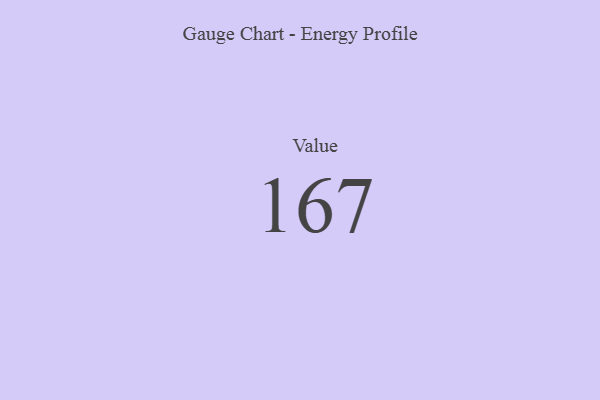
{"axis": {"x": "Metric", "y": "Value"}, "legend": [""], "data": [{"x": "Value", "y": 167, "type": ""}]}